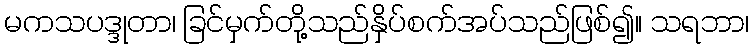
မကသပဒ္ဒုတာ၊ ခြင်မှက်တို့သည်နှိပ်စက်အပ်သည်ဖြစ်၍။ သရဘာ၊